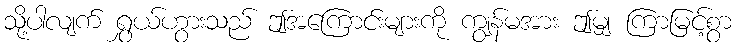
သို့ပါလျက် ရွှယ်ဟွားသည် ဤအကြောင်းများကို ကျွန်မအား ဤမျှ ကြာမြင့်စွာ